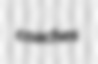
coaches